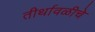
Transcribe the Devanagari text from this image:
तीर्थावळीचे